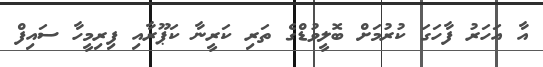
އާ އަހަރު ފާހަގަ ކުރުމަށް ބޮލީވުޑްގެ ތަރި ކަރީނާ ކަޕޫރާއި ފިރިމީހާ ސައިފް